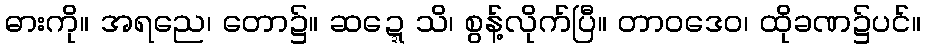
ဓားကို။ အရညေ၊ တော၌။ ဆဍ္ဍေသိ၊ စွန့်လိုက်ပြီ။ တာဝဒေဝ၊ ထိုခဏ၌ပင်။